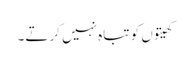
کھیتوں کو تباہ نہیں کرتے۔